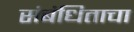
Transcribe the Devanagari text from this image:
संबंधिताचा